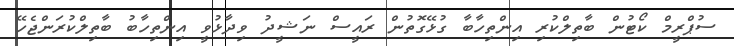
ސުޕްރީމް ކޯޓުން ބާތިލްކުރި އިންތިހާބާ ގުޅޭގޮތުން ރައީސް ނަޝީދު ވިދާޅުވީ އިންތިހާބު ބާތިލްކުރަންޖެހޭ